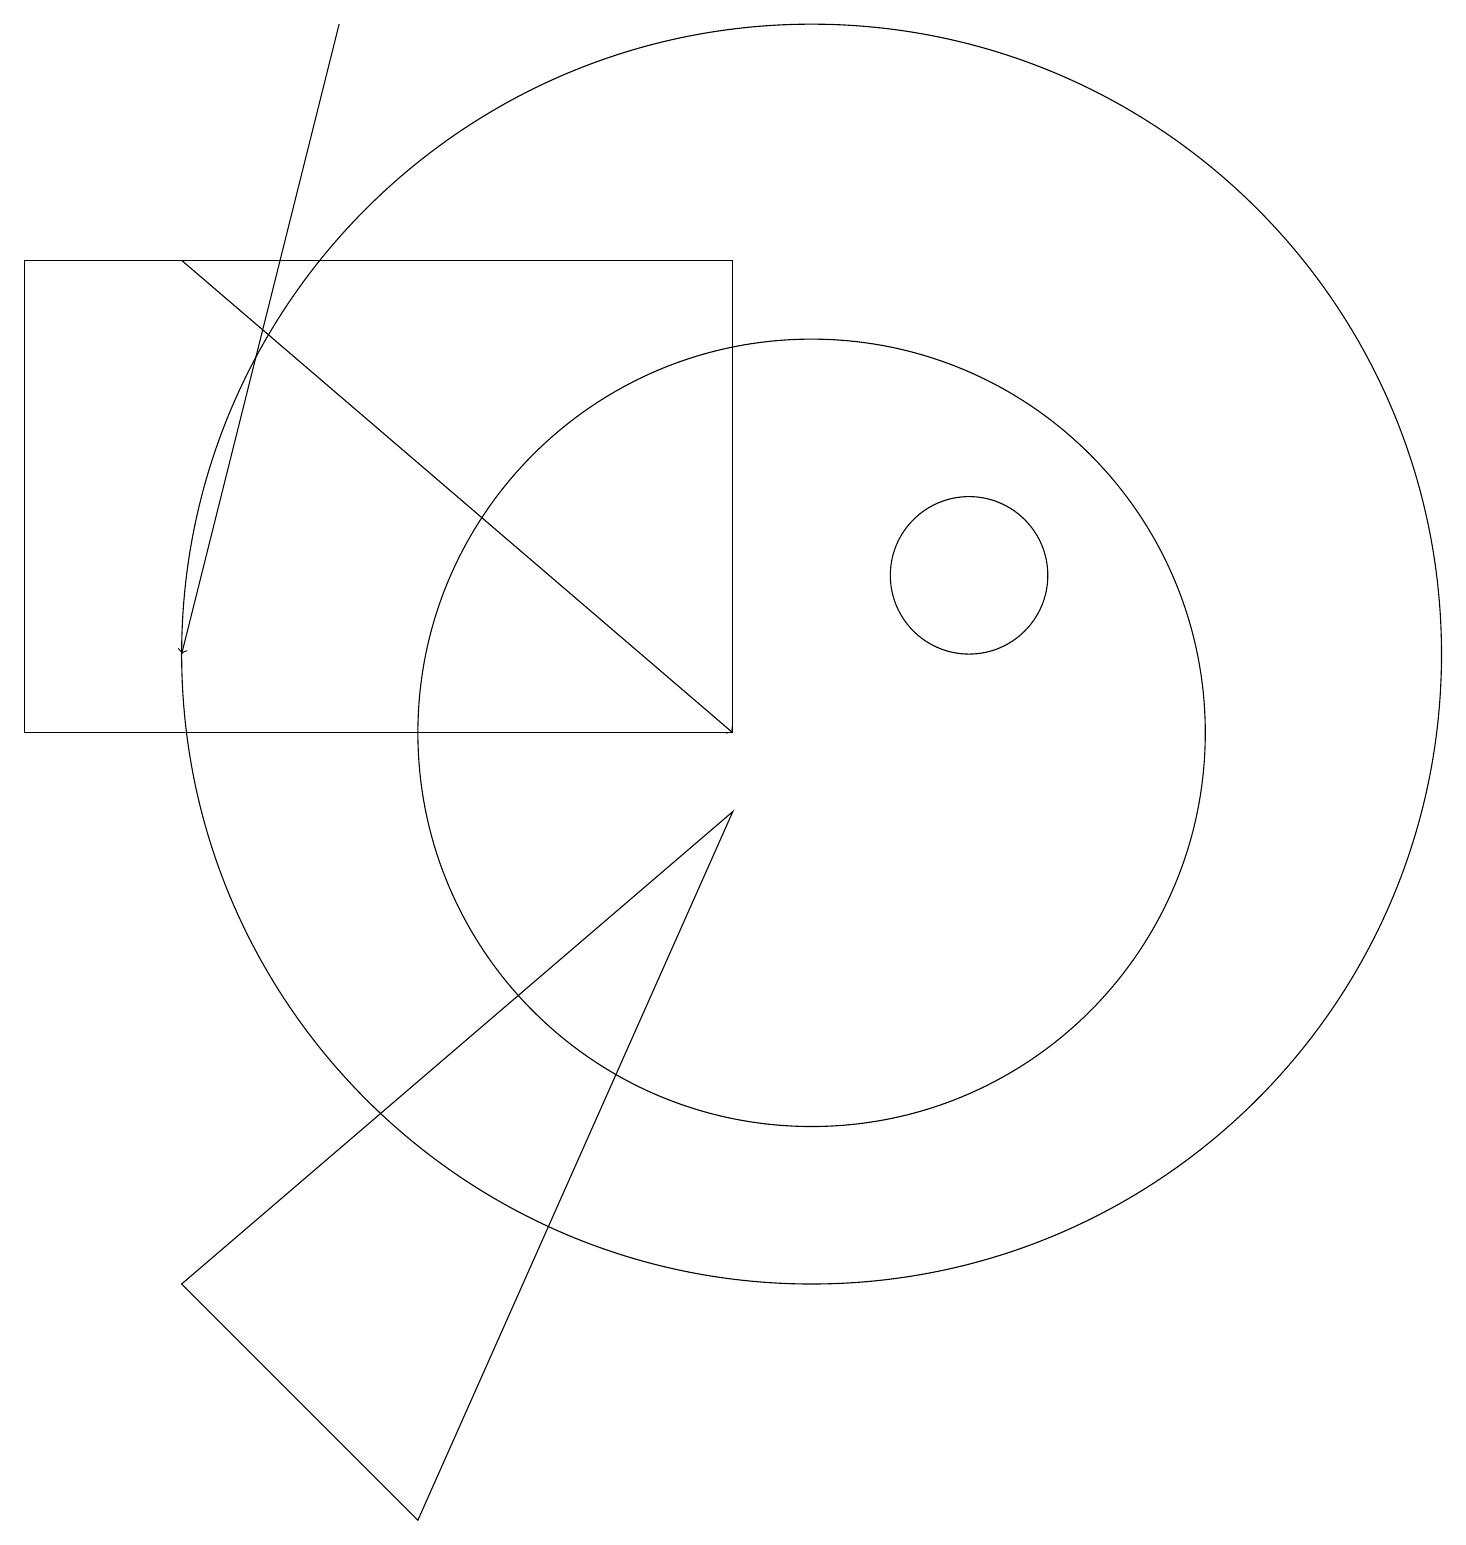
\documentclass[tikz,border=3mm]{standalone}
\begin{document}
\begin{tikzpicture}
\draw (9,16) rectangle (0,10);
\draw[->] (4,19) -- (2,11);
\draw (10,11) circle (8);
\draw (10,10) circle (5);
\draw[->] (2,16) -- (9,10);
\draw (12,12) circle (1);
\draw (2,3) -- (9,9) -- (5,0) -- cycle;
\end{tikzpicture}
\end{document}